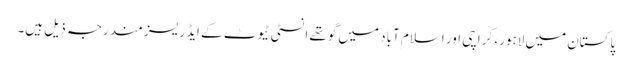
پاکستان میں لاہور، کراچی اور اسلام آباد میں گوتھے انسٹی ٹیوٹ کے ایڈریسز مندرجہ ذیل ہیں۔